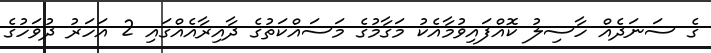
ގެ ސަނަދެއް ހާސިލު ކޮއްފައިވުމާއެކު މަގާމުގެ މަސައްކަތުގެ ދާއިރާއެއްގައި 2 އަހަރު ދުވަހުގެ